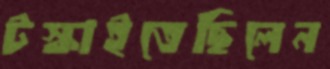
টস্‌কাইতেছিলেন